Plague in India, 1896, 1897 - Volume 2
Year: 1896
Disease focus: Plague
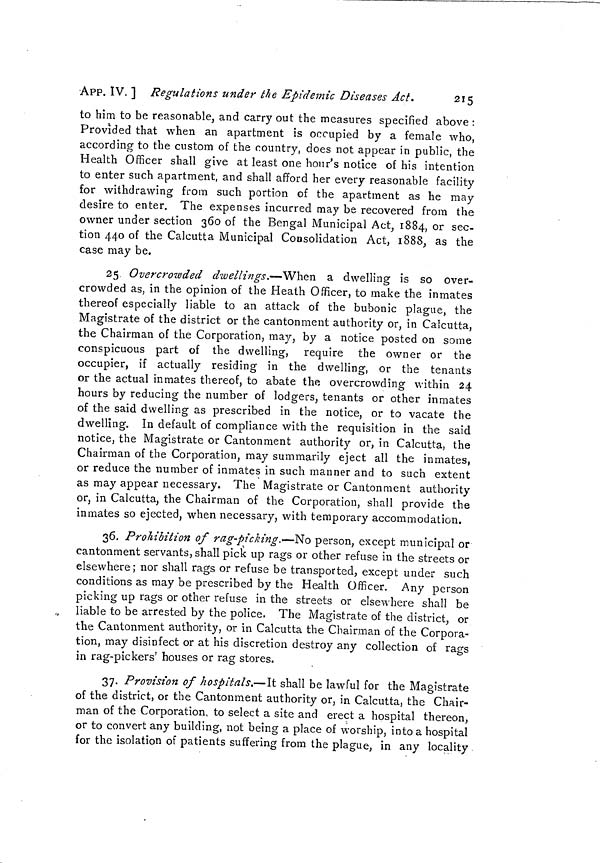
258
Measures to prevent the
[ APP. IX.
advice taken and the following rules drafted under Quarantine Act 1
of 1870 to which sanction of India is requested :—Begins, (i) No
vessel shall leave the Port of Bombay until she has been inspected by
the Health Officer of the Port and the master or person in charge of
such vessel has obtained a bill of health or certificate from such officer
that the master or person in charge, officers, crew and passengers (if
any) of such vessel are free from any infectious disease dangerous to
life. (2) Should the Health Officer of the Port be of opinion that any
person on board of any vessel so inspected is suffering from an
infectious disease dangerous to life, he shall refuse to give a bill of
. health or certificate as aforesaid unless and until such person is
removed from the vessel. (3) After the master or person in charge of
the vessel has obtained any bill of health or certificate under the
provisions of the rules no person or cargo shall be admitted or taken
on board such vessel before she leaves the Port of Bombay, unless
such vessel is again inspected by the Health Officer of the port, and
another bill of health or certificate obtained from such officer by the
master or person in charge of such vessel. (4) No port clearance
shall be delivered to any vessel unless and until the master or person
in charge thereof shall produce the bill of health or certificate so to be
obtained as aforesaid, and it shall be the duty of customs officers to refuse
delivery of the port clearance without the production of such bill of
health or certificate. (5)The Government of Bombay may appoint any
person or persons by name or by virtue of office Health Officer or
Health Officers of the port for the purpose of these rules as regards
any class or classes of vessels and may cancel any such appointment.
(6) Disobedience to any of the above rules, numbers (i), (2), (3) and
(4), will subject the offender and all persons aiding or abetting him to
a prosecution under section 271 of the Indian Penal Code Rules.—
Ends. Please communicate sanction by wire urgent.
No. 75.
Telegram No. 250, dated the 28th February 1897.
From—The Secretary to the Government of India, Home Department,
To—The Secretary to the Government of Bombay, General Department.
Your telegram 61-P., regarding rules medical inspection of ship
and bills of health. Government of India doubtful whether they come
entirely within Act I of 1870, but they can be acted on. Bill was
today introduced in Legislative Council and will be passed next
Thursday which gives power to make such rules and they can then
be formally issued. Are not similar rules required for Karachi ?
Bill also provides for extension generally of powers conferred by sec-
tion 434 of Bombay City Act referred to in your letter 41 over P. of
25th, so special legislation to extend sanction generally in Bombay
Presidency will be necessary,